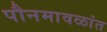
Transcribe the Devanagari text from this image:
पौनमावळांत